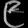
Digit: ၉